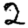
Digit: 2